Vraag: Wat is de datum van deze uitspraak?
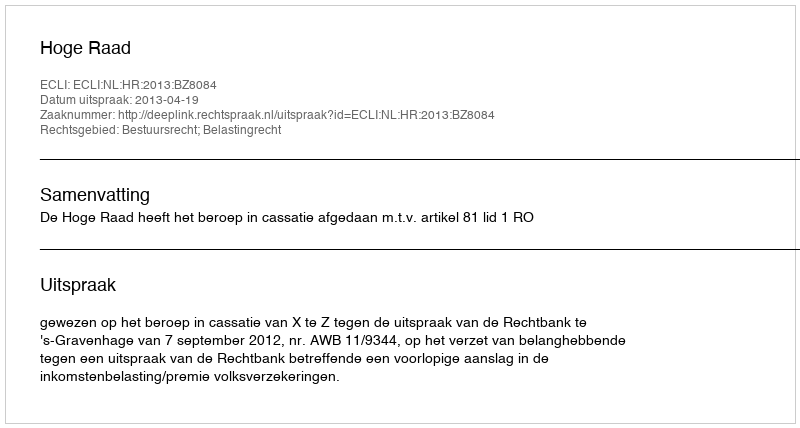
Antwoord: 2013-04-19